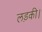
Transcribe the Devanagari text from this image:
लड़की।